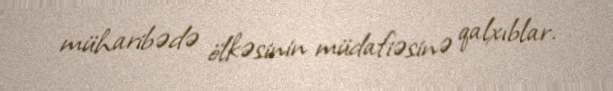
müharibədə ölkəsinin müdafiəsinə qalxıblar.